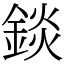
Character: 錟